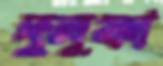
দুলুফা